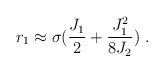
\begin{align*}r_1\approx \sigma({{J_1}\over 2}+{{J_1^2}\over{8J_2}})~.\end{align*}